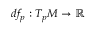
d f _ { p } : T _ { p } M \to \mathbb { R }